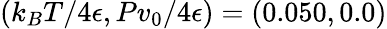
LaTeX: (k_{B}T/4\epsilon,Pv_{0}/4\epsilon)=(0.050,0.0)